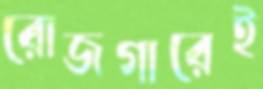
রোজগারেই